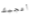
أعجبك